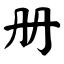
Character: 册